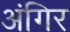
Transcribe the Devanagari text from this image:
अंगिर